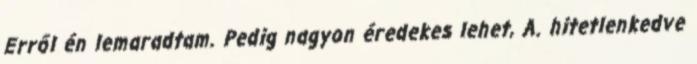
Erről én lemaradtam. Pedig nagyon éredekes lehet, A. hitetlenkedve